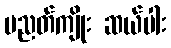
ပညတ်ကျိုး ဆယ်ပါး